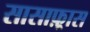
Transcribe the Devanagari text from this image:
सासाफ़्रास